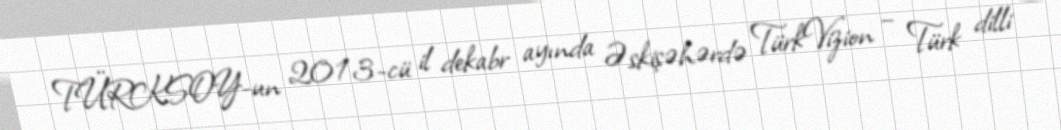
TÜRKSOY-un 2013-cü il dekabr ayında Əskişəhərdə TürkVizion – Türk dilli